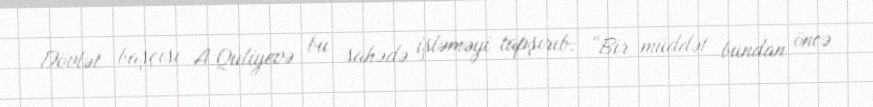
Dövlət başçısı A.Quliyevə bu sahədə işləməyi tapşırıb: “Bir müddət bundan öncə